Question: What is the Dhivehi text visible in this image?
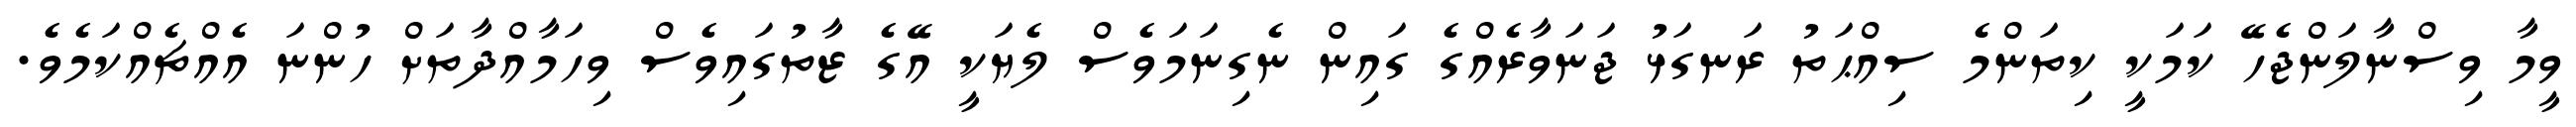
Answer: ވީމާ ވިސްނާލަންޖެހޭ ކަމަކީ ކިތަންމެ ސިއްޙަތު ރަނގަޅު ޖަނަވާރެއްގެ ގައިން ނެގިނަމަވެސް ލެޔަކީ އޭގެ ޒާތުގައިވެސް ވިހަމާއްދާތަށް ހުންނަ އެއްޗެއްކަމެވެ.